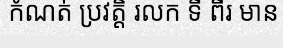
កំណត់ ប្រវត្តិ រលក ទី ពីរ មាន